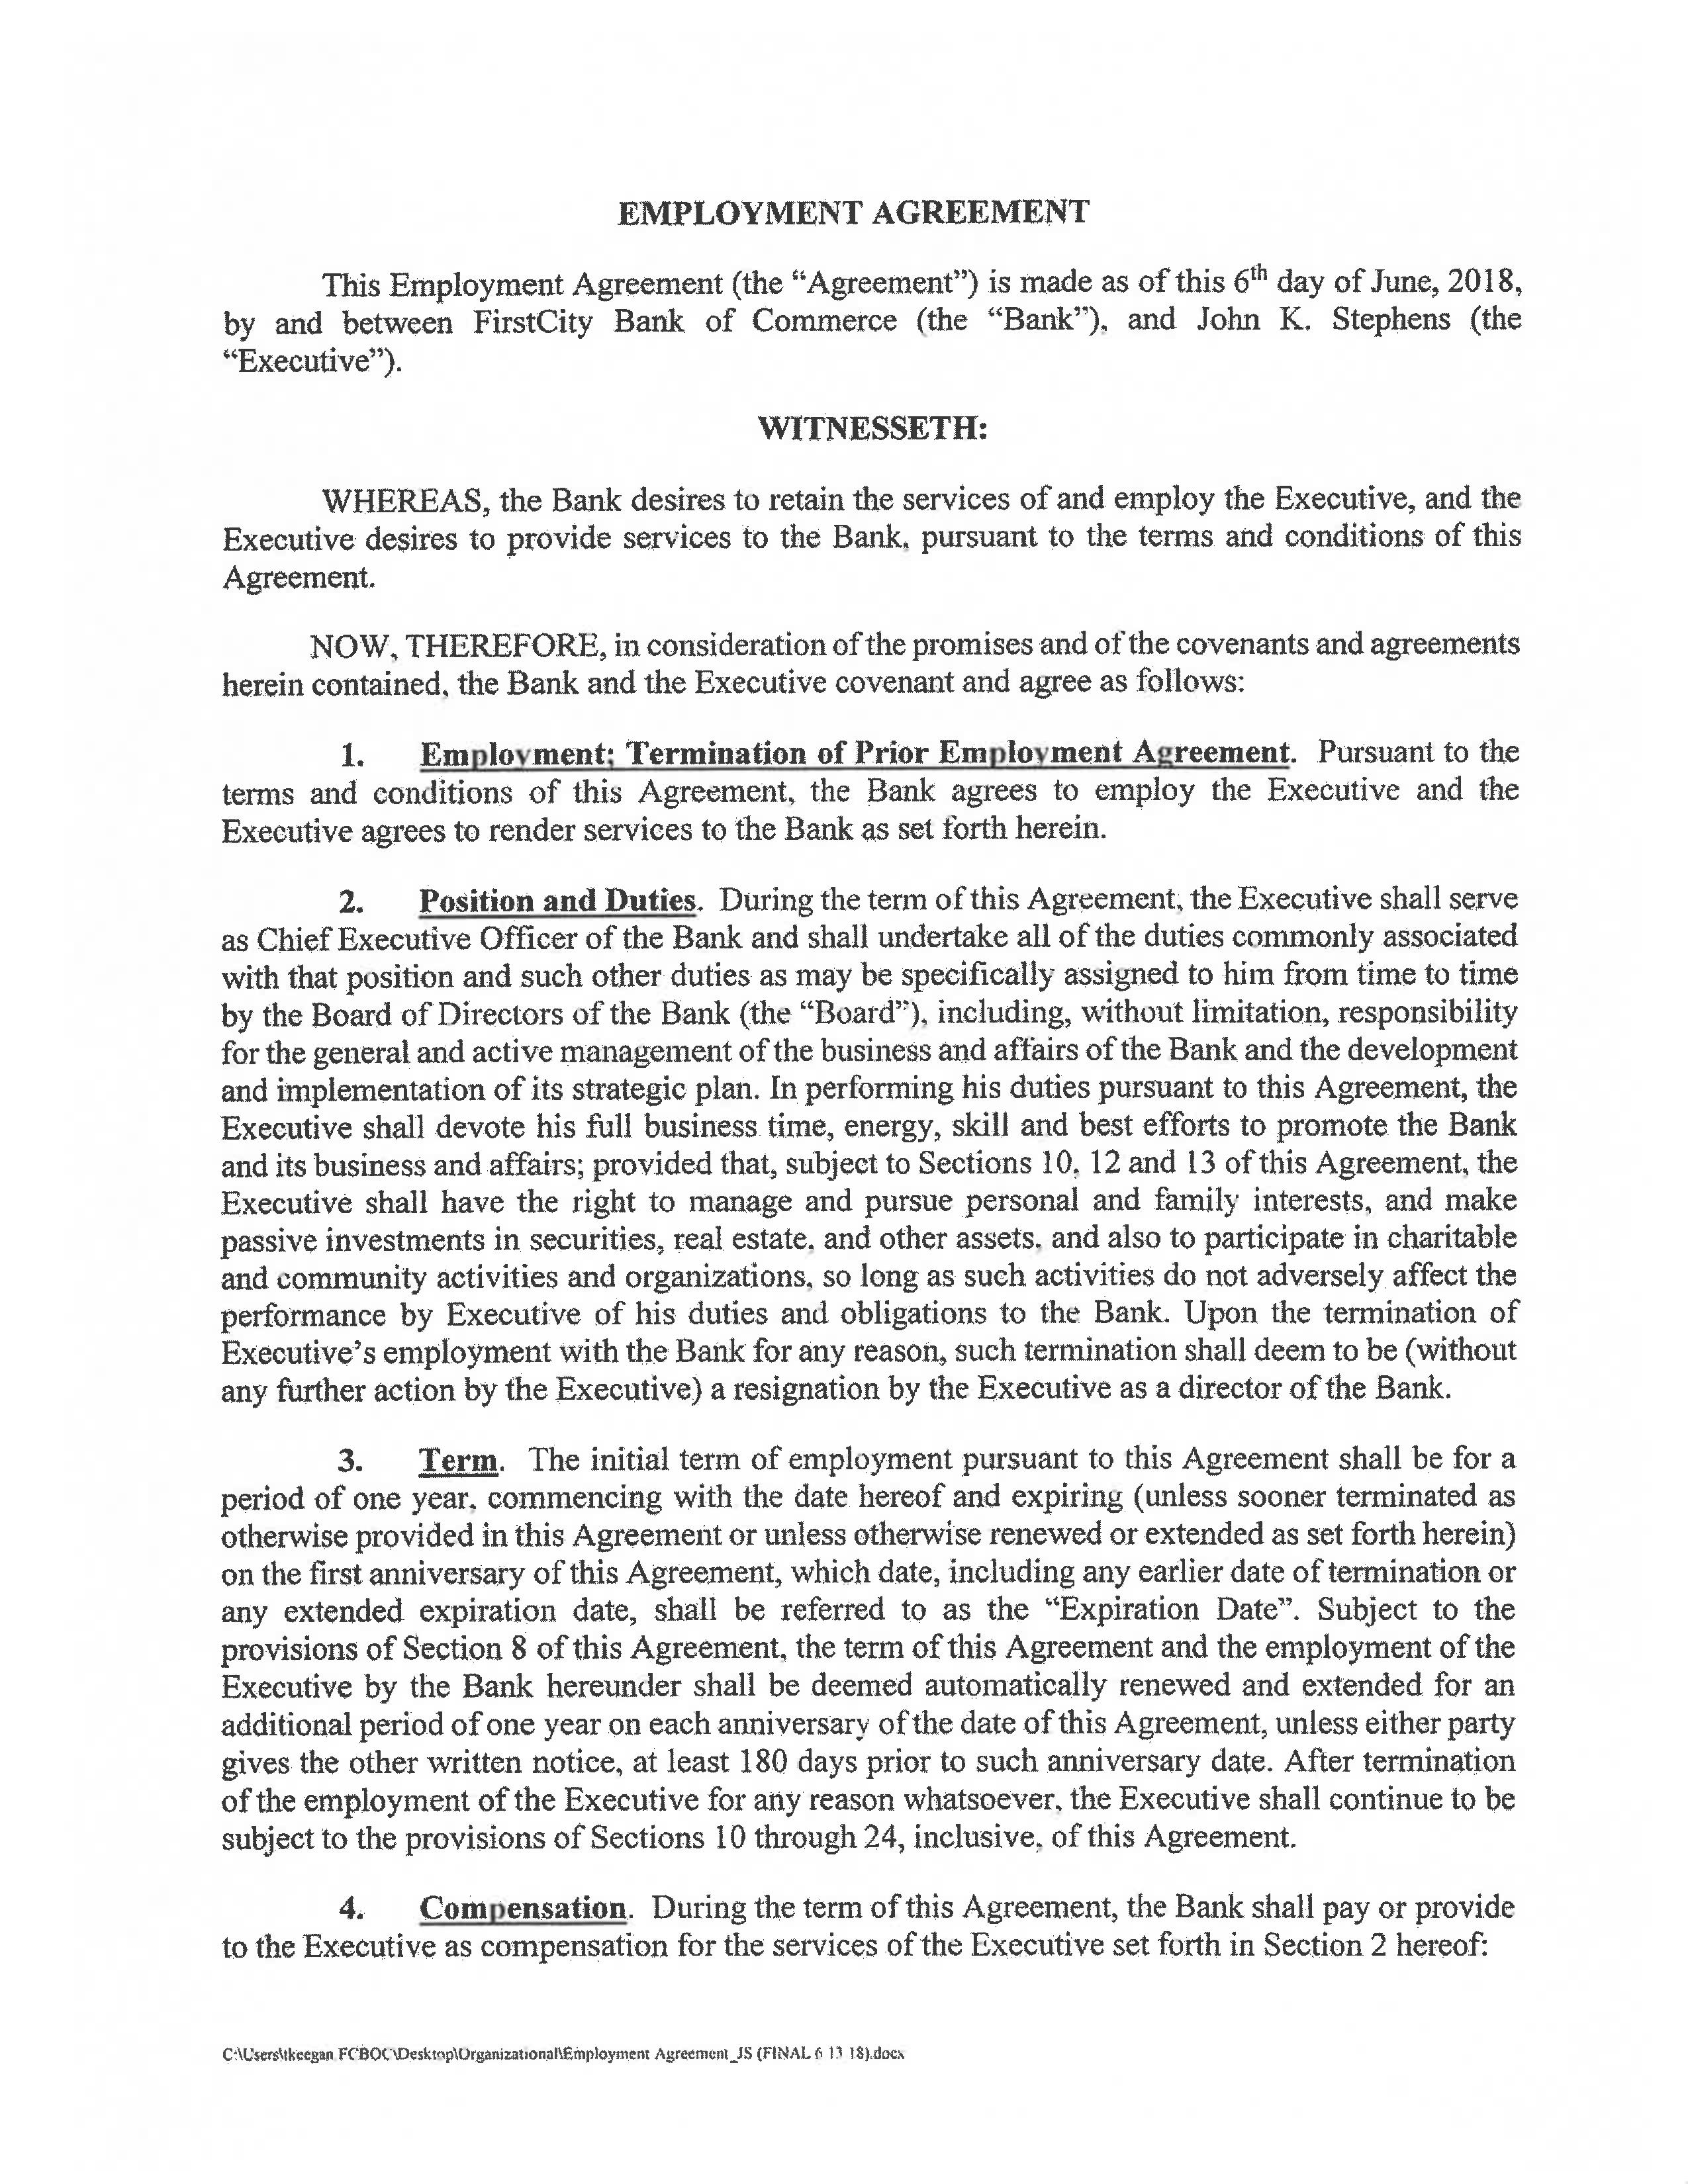
EMPLOYMENT AGREEMENT

This Employment Agreement (the "Agreement") is made as of this 6th day of June, 2018,
by and between FirstCity Bank of Commerce (the "Bank"), and John K. Stephens (the
"Executive").

WITNESSETH:

WHEREAS, the Bank desires to retain the services of and employ the Executive, and the
Executive desires to provide services to the Bank, pursuant to the terms and conditions of this
Agreement.

NOW, THEREFORE, in consideration of the promises and of the covenants and agreements
herein contained, the Bank and the Executive covenant and agree as follows:

1.      Employment; Termination of Prior Employment Agreement. Pursuant to the
terms and conditions of this Agreement, the Bank agrees to employ the Executive and the
Executive agrees to render services to the Bank as set forth herein.

2.      Position and Duties. During the term of this Agreement, the Executive shall serve
as Chief Executive Officer of the Bank and shall undertake all of the duties commonly associated
with that position and such other duties as may be specifically assigned to him from time to time
by the Board of Directors of the Bank (the "Board"), including, without limitation, responsibility
for the general and active management of the business and affairs of the Bank and the development
and implementation of its strategic plan. In performing his duties pursuant to this Agreement, the
Executive shall devote his full business time, energy, skill and best efforts to promote the Bank
and its business and affairs; provided that, subject to Sections 10, 12 and 13 of this Agreement, the
Executive shall have the right to manage and pursue personal and family interests, and make
passive investments in securities, real estate, and other assets, and also to participate in charitable
and community activities and organizations, so long as such activities do not adversely affect the
performance by Executive of his duties and obligations to the Bank. Upon the termination of
the Executive's employment with the Bank for any reason, such termination shall deem to be (without
any further action by the Executive) a resignation by the Executive as a director of the Bank.

3.      Term. The initial term of employment pursuant to this Agreement shall be for a
period of one year, commencing with the date hereof and expiring (unless sooner terminated as
otherwise provided in this Agreement or unless otherwise renewed or extended as set forth herein)
on the first anniversary of this Agreement, which date, including any earlier date of termination or
any extended expiration date, shall be referred to as the "Expiration Date". Subject to the
provisions of Section 8 of this Agreement, the term of this Agreement and the employment of the
Executive by the Bank hereunder shall be deemed automatically renewed and extended for an
additional period of one year on each anniversary of the date of this Agreement, unless either party
gives the other written notice, at least 180 days prior to such anniversary date. After termination
of the employment of the Executive for any reason whatsoever, the Executive shall continue to be
subject to the provisions of Sections 10 through 24, inclusive, of this Agreement.

4.      Compensation. During the term of this Agreement, the Bank shall pay or provide
to the Executive as compensation for the services of the Executive set forth in Section 2 hereof:

C:\Users\dkeegan FCBOC\Desktop\Organizational\Employment Agreement_JS (FINAL 6 13 18).docx